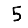
Digit: 5